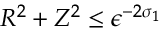
R ^ { 2 } + Z ^ { 2 } \le \epsilon ^ { - 2 \sigma _ { 1 } }